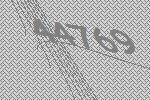
44769